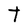
Character: t